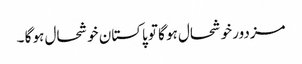
مزدور خوشحال ہو گا تو پاکستان خوشحال ہو گا ۔